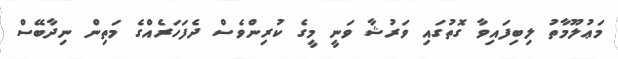
މަޢުލޫމާތު ލިބިފައިވާ ގޮތުގައި ވަރުޝާ ވަނީ މީގެ ކުރިންވެސް ދެފަހަރެއްގެ މަތިން ނިދާބޭސް